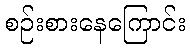
စဉ်းစားနေကြောင်း